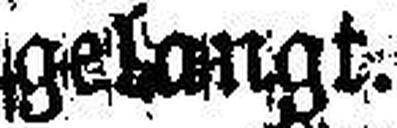
gelangt.